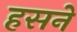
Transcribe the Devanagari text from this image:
हसने